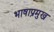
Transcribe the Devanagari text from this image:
भाषाप्रमुख